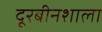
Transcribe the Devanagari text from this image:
दूरबीनशाला